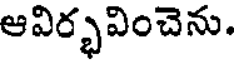
ఆవిర్భవించెను.